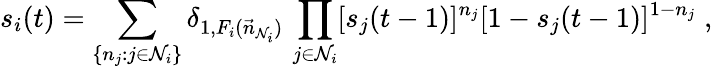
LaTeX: s_{i}(t)=\sum_{\{ n_{j}:j\in\mathcal{N}_{i}\} }\delta_{1,F_{i}(\vec{n}_{\mathcal{N}_{i}})}\, \prod_{j\in\mathcal{N}_{i}}[s_{j}(t-1)]^{n_{j}}[1-s_{j}(t-1)]^{1-n_{j}}\; ,